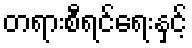
တရားစီရင်ရေးနှင့်